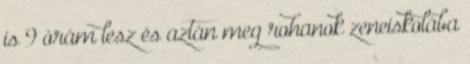
is 9 órám lesz és aztán meg rohanok zeneiskolába